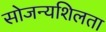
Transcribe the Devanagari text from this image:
सोजन्यशिलता